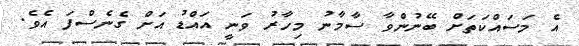
އެ މަސައްކަތަށް ބޭނުންވާ ސާމާނު މިހާރު ވަނީ އައްޑު އަށް ގެނެސްފަ އެވެ.